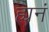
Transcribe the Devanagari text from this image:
ह्यनं